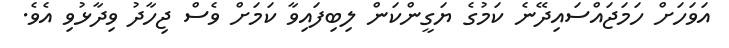
އަވަހަށް ހަމަޖައްސައިދޭނެ ކަމުގެ ޔަގީންކަން ލިބިފައިވާ ކަމަށް ވެސް ޖިހާދު ވިދާޅުވި އެވެ.